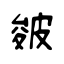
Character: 皴